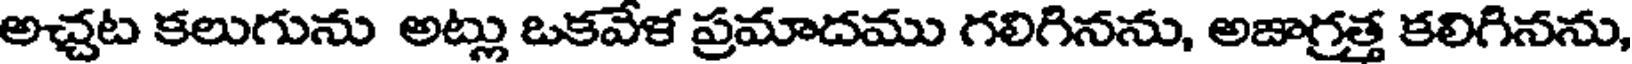
అచ్చట కలుగును అట్లు ఒకవేళ ప్రమాదము గలిగినను, అజాగ్రత్త కలిగినను,